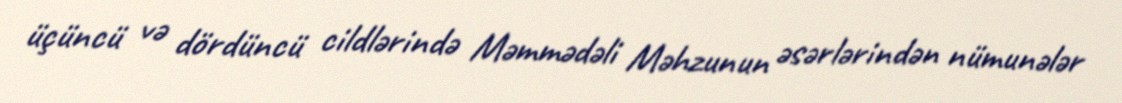
üçüncü və dördüncü cildlərində Məmmədəli Məhzunun əsərlərindən nümunələr